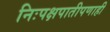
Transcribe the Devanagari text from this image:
निःपक्षपातीपणाही